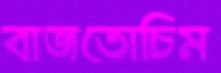
বাজতোচিম